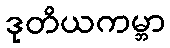
ဒုတိယကမ္ဘာ